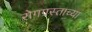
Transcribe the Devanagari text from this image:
रोगग्रस्ताच्या